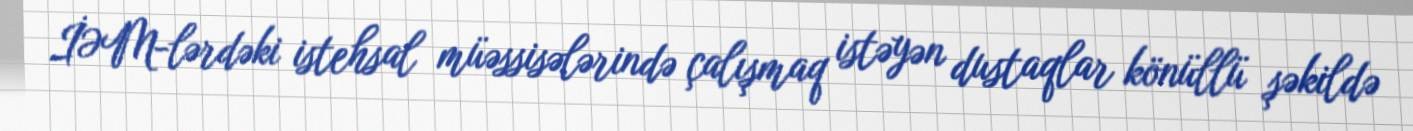
İƏM-lərdəki istehsal müəssisələrində çalışmaq istəyən dustaqlar könüllü şəkildə